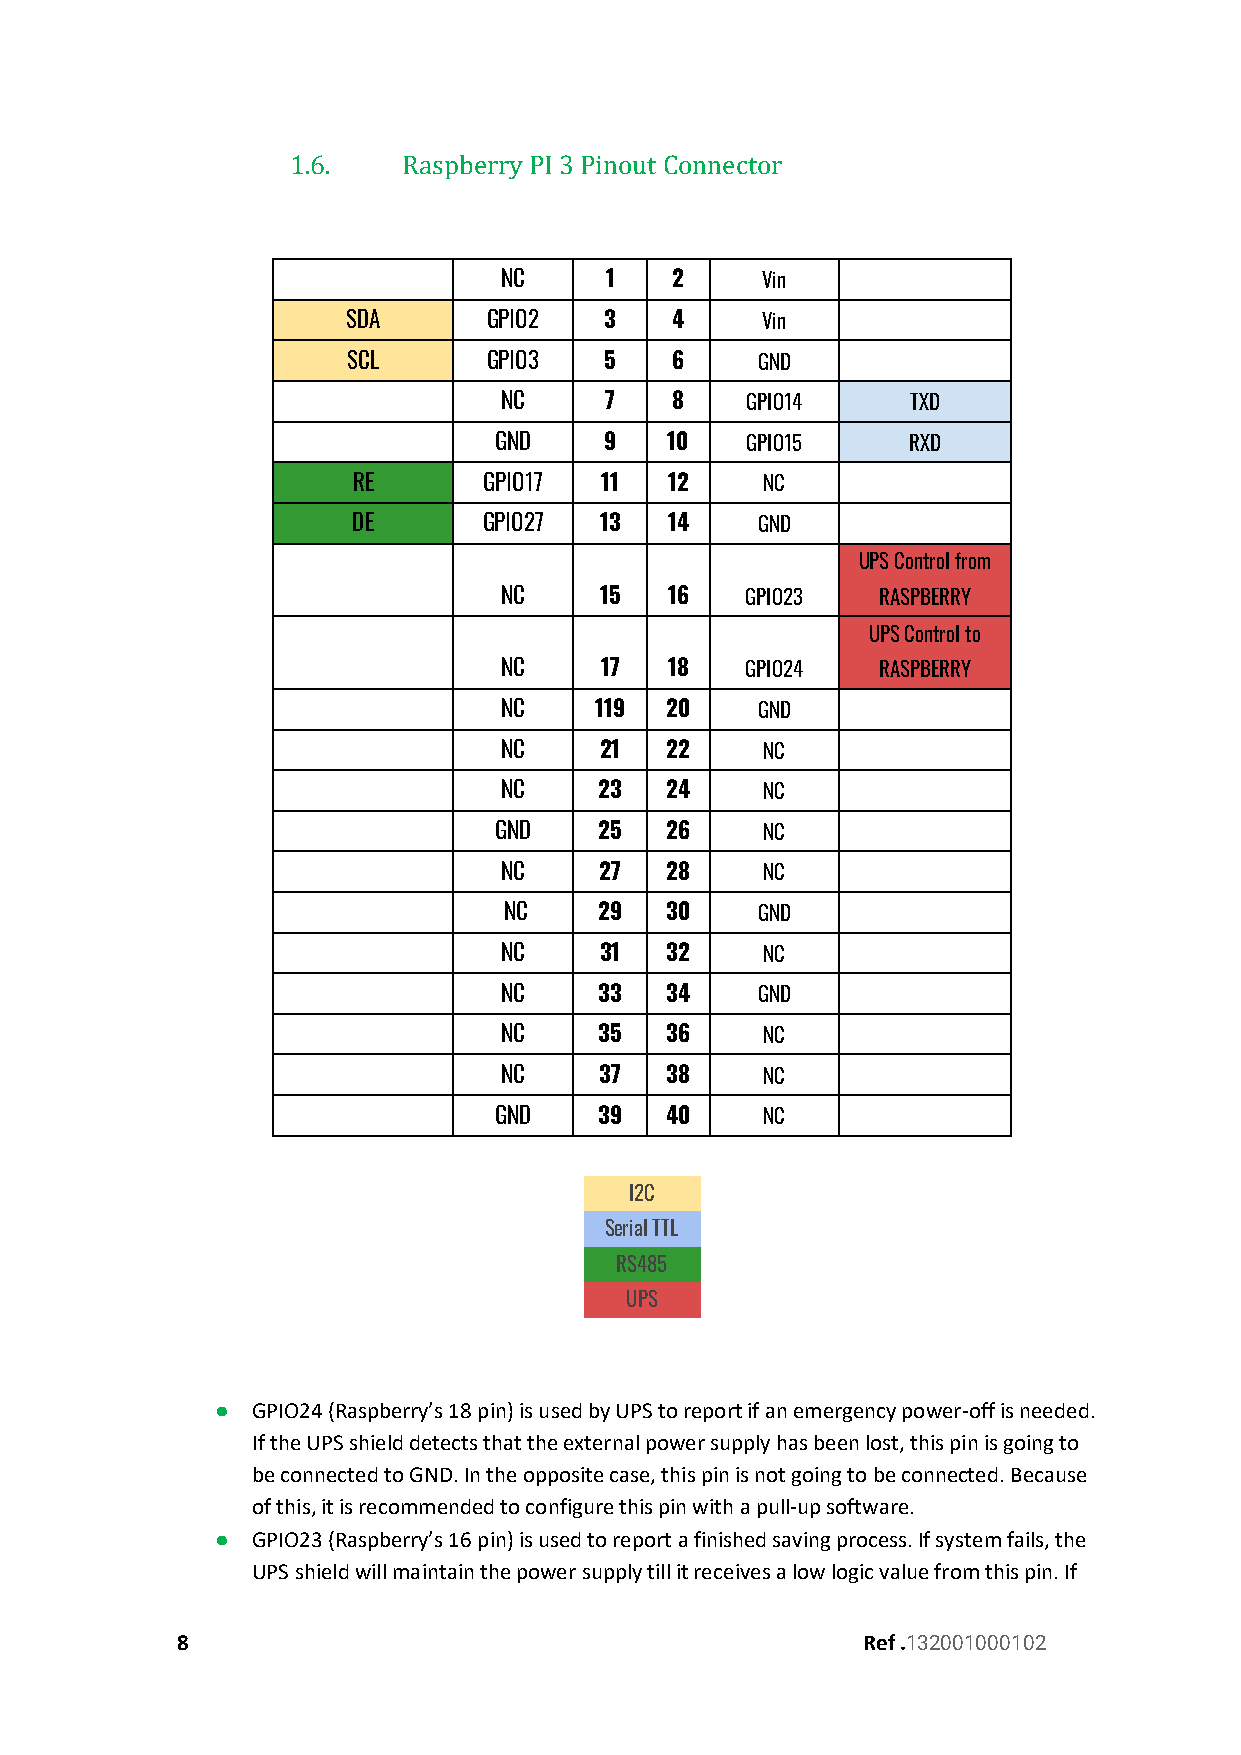
1.6.    Raspberry PI 3 Pinout Connector
 NC     1   2     Vin
 SDA      GPIO2   3   4     Vin
 SCL      GPIO3   5   6     GND
 NC     7   8    GPIO14     TXD
 GND    9   10   GPIO15     RXD
 RE       GPIO17  11  12     NC
 DE       GPIO27  13  14    GND
 UPS Control from
 NC     15  16   GPIO23   RASPBERRY
 UPS Control to
 NC     17  18   GPIO24   RASPBERRY
 NC    119  20    GND
 NC     21  22     NC
 NC     23  24     NC
 GND    25  26     NC
 NC     27  28     NC
 NC     29  30    GND
 NC     31  32     NC
 NC     33  34    GND
 NC     35  36     NC
 NC     37  38     NC
 GND    39  40     NC
 I2C
 Serial TTL
 RS485
 UPS
 ●  GPIO24 (Raspberry’s 18 pin) is used by UPS to report if an emergency power-off is needed.
 If the UPS shield detects that the external power supply has been lost, this pin is going to
 be connected to GND. In the opposite case, this pin is not going to be connected. Because
 of this, it is recommended to configure this pin with a pull-up software.
 ●  GPIO23 (Raspberry’s 16 pin) is used to report a finished saving process. If system fails, the
 UPS shield will maintain the power supply till it receives a low logic value from this pin. If
 8                                            Ref .132001000102